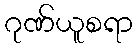
ဂုဏ်ယူစရာ